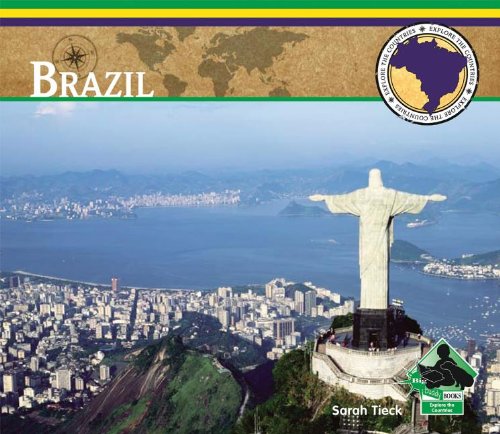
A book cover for Brazil (Explore the Countries); Sarah Tieck; Children's Books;